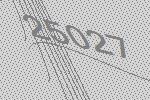
25027